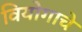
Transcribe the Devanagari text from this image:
वियोगाचे